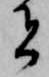
者